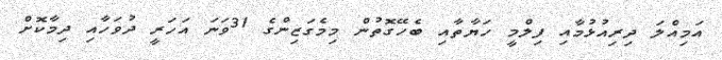
އަމިއްލަ ދިރިއުޅުމާއި ފިލްމީ ހަޔާތާއި ބެހޭގޮތުން މިމެގަޒިންގެ 31ވަނަ އަހަރީ ދުވަހާއި ދިމާކޮށް